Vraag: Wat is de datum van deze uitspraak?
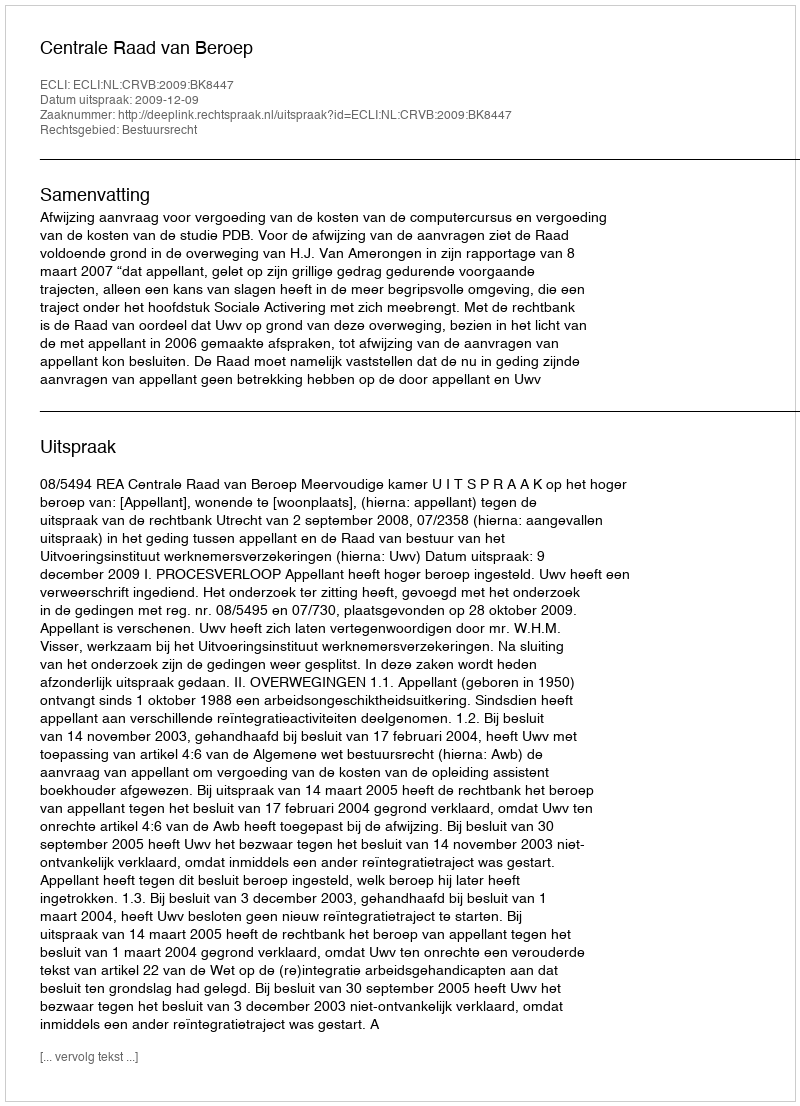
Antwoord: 2009-12-09